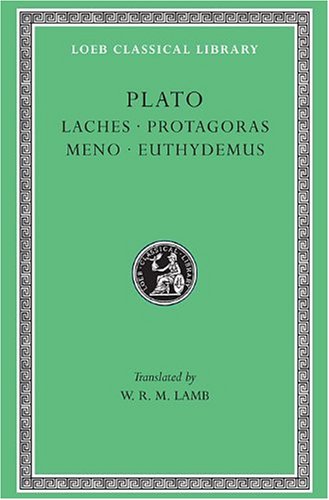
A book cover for Plato: Laches, Protagoras, Meno, Euthydemus, (Loeb Classical Library, No. 165) (Greek and English Edition); Plato; Literature & Fiction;